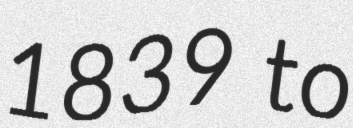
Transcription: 1839 to